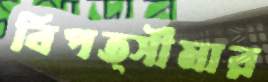
বিপত্সীমার